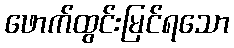
ဖောက်ထွင်းမြင်ရသော